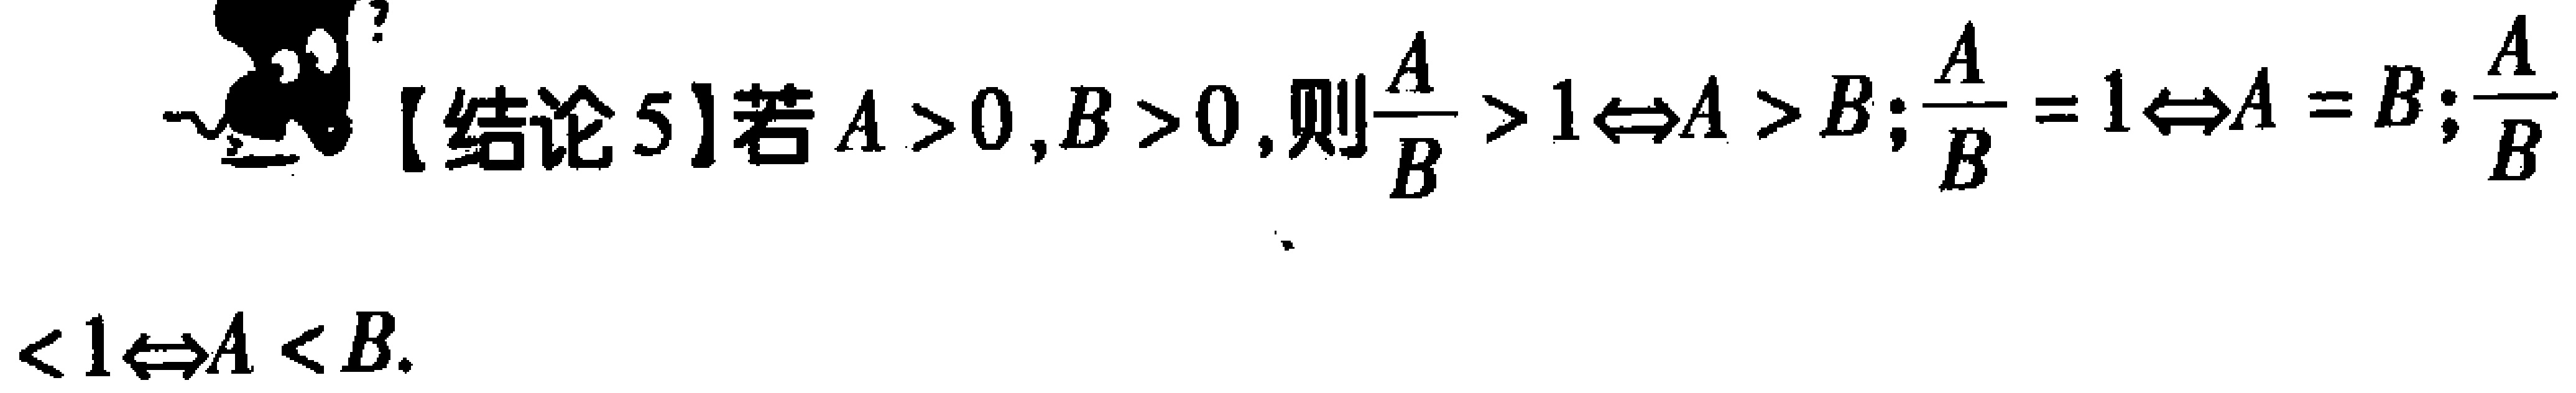
【结论5】若\(A > 0,B > 0\),则\(\frac{A}{B}>1\Leftrightarrow A > B;\frac{A}{B}=1\Leftrightarrow A = B;\frac{A}{B}<1\Leftrightarrow A < B\).